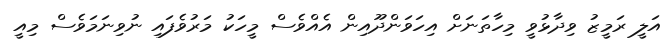
އަލީ ރަމީޒު ވިދާޅުވީ މިހާތަނަށް އިހަވަންދޫއިން އެއްވެސް މީހަކު މަރުވެފައި ނުވިނަމަވެސް މިއީ